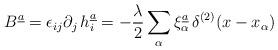
LaTeX: \begin{align*}B^{\underline{a}} = \epsilon_{ij} \partial_j \, h^{\underline{a}}_{i} =- {\lambda \over 2} \sum\limits_{\alpha} \xi_{\alpha}^{\underline{a}}\,\delta^{(2)}(x -x_{\alpha} )\end{align*}